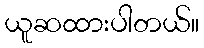
ယူဆထားပါတယ်။